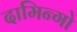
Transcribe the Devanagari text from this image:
दामिन्गो